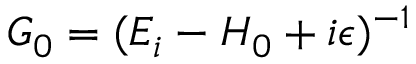
G _ { 0 } = ( E _ { i } - H _ { 0 } + i \epsilon ) ^ { - 1 }